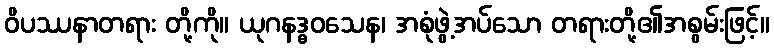
ဝိပဿနာတရား တို့ကို။ ယုဂနဒ္ဓဝသေန၊ အစုံဖွဲ့အပ်သော တရားတို့၏အစွမ်းဖြင့်။